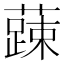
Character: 𮒄